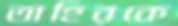
তাহিরকে